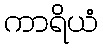
ကာရိယံ